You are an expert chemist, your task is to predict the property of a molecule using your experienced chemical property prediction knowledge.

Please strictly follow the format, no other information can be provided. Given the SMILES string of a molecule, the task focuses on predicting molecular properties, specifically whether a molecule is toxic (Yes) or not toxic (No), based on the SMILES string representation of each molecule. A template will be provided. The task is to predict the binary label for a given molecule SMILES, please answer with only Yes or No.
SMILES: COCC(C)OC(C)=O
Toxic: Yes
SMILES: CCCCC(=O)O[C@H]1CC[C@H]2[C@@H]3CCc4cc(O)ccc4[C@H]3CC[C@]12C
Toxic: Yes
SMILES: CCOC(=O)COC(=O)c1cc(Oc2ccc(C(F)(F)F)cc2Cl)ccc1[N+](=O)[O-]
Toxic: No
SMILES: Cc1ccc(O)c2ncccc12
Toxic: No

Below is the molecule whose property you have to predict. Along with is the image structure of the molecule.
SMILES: Nc1ccc(S(=O)(=O)Nc2nccs2)cc1
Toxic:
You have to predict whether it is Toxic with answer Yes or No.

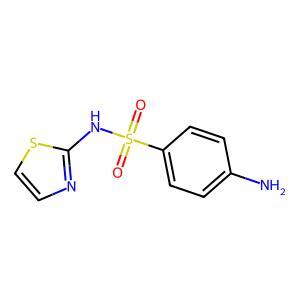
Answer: No